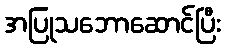
အပြုသဘောဆောင်ပြီး